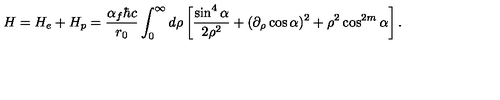
H = H _ { e } + H _ { p } = \frac { \alpha _ { f } \hbar c } { r _ { 0 } } \int _ { 0 } ^ { \infty } { d \rho } \left[ \frac { \sin ^ { 4 } \alpha } { 2 \rho ^ { 2 } } + ( \partial _ { \rho } \cos \alpha ) ^ { 2 } + \rho ^ { 2 } \cos ^ { 2 m } \alpha \right] .